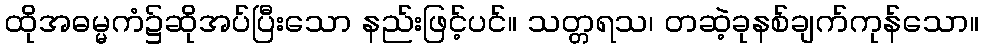
ထိုအဓမ္မကံ၌ဆိုအပ်ပြီးသော နည်းဖြင့်ပင်။ သတ္တရသ၊ တဆဲ့ခုနစ်ချက်ကုန်သော။